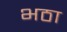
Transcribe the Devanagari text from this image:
भठा